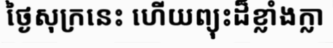
ថ្ងៃសុក្រនេះ ហើយព្យុះដ៏ខ្លាំងក្លា